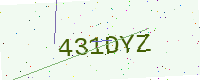
Text: 431DYZ